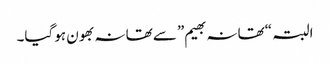
البتہ “تھانہ بھیم”سے تھانہ بھون ہوگیا۔